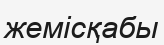
жемісқабы